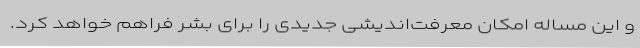
و این مساله امکان معرفت‌اندیشی جدیدی را برای بشر فراهم خواهد کرد.